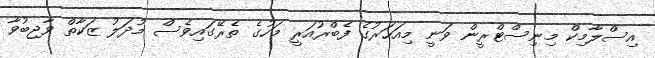
އިސްލާމިކް މިނިސްޓްރީން ވަނީ މިއަހަރުގެ ފެބްރުއަރީ މަހުގެ ތެރޭގައިވެސް މުދަލު ޒަކާތް ވާޖިބުވާ